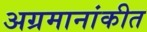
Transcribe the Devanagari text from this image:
अग्रमानांकीत